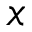
x